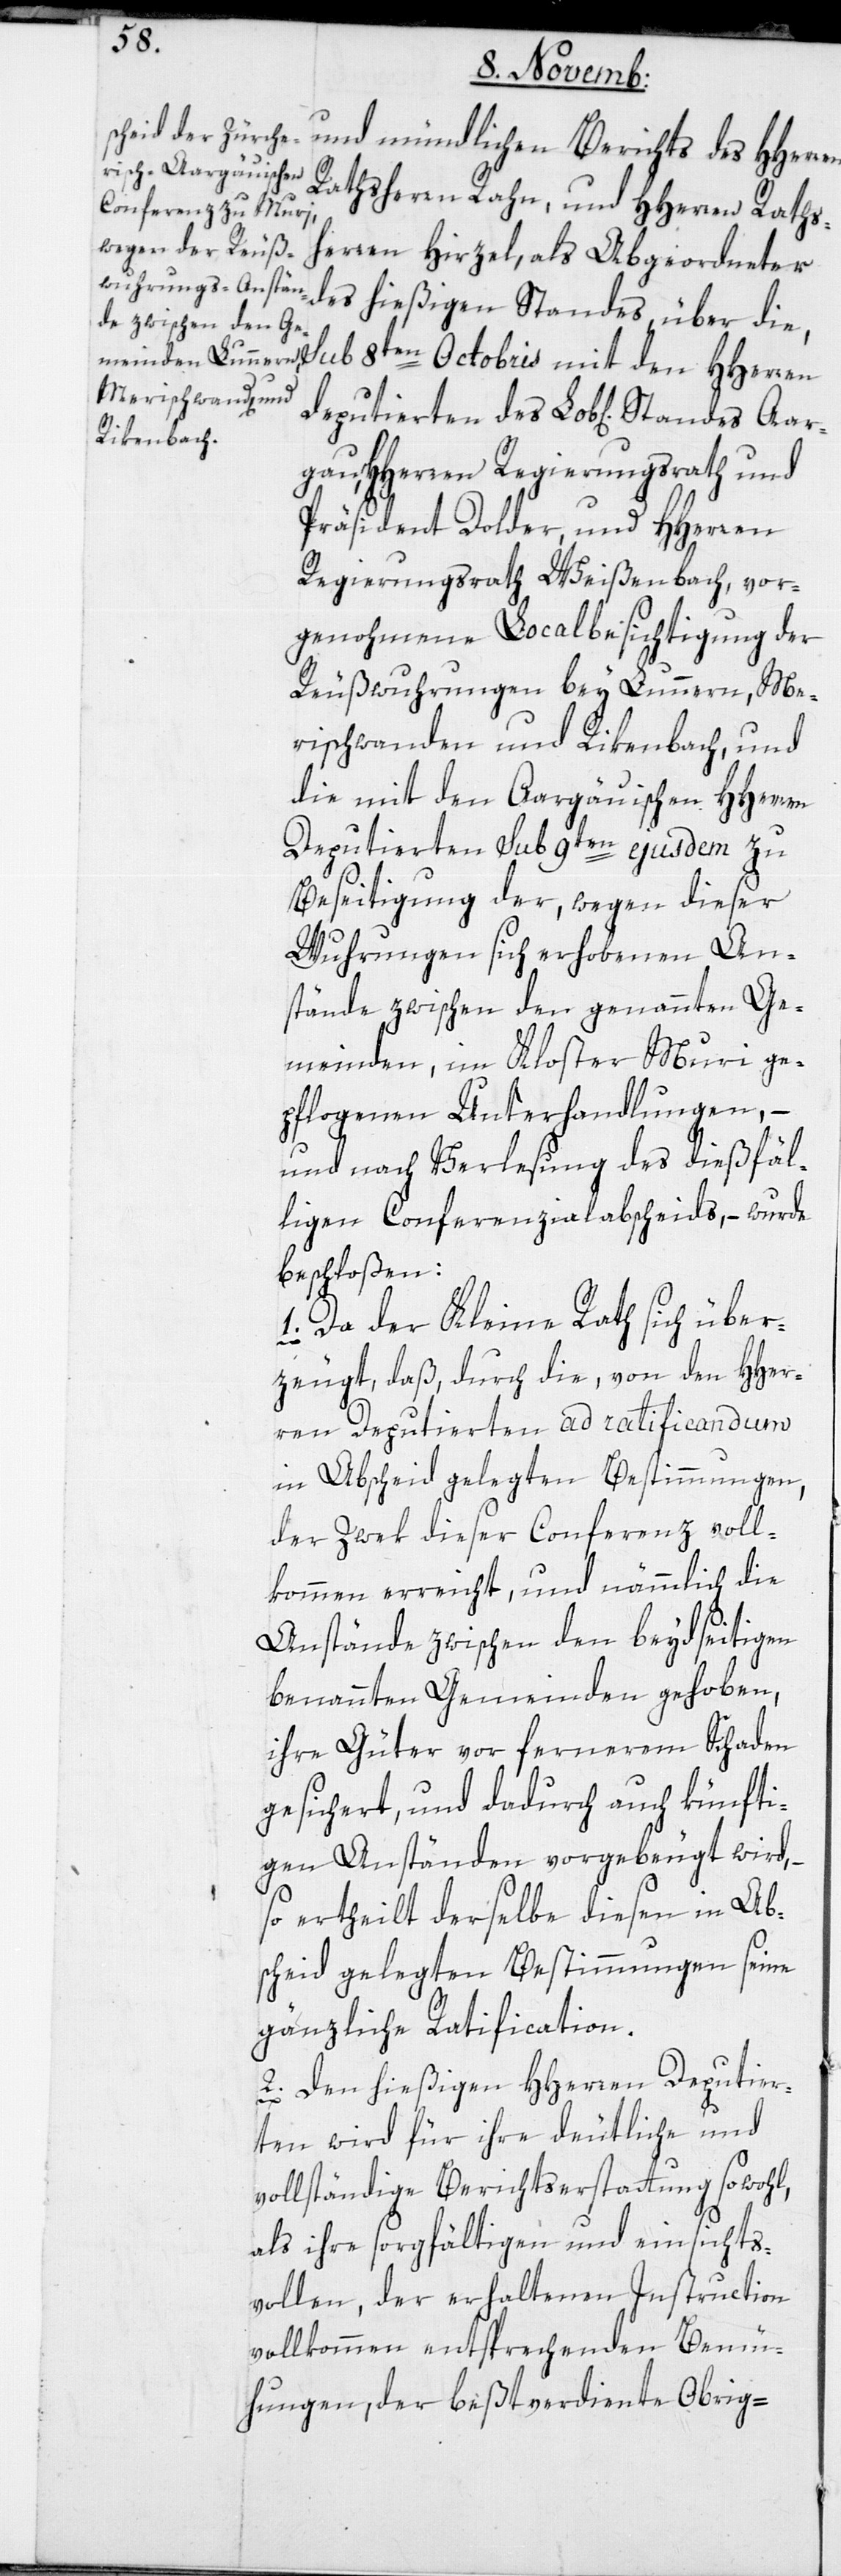
en
und mündlichen Berichts des HHerr¬
Ratsherrn Rahn und HHerren Rats¬
herren Hirzel, als Abgeordneter
des hießigen Standes über die,
gau, HHerren Regierungsrat und
Präsident Dolder und HHerren
Regierungsrat Weißenbach, vor¬
genohmene Localbesichtigung der
Reußwuhrungen bey Lunnern, Me¬
rischwanden und Rikenbach, und
die mit den Aargauischen HHerren
Deputierten sub 9ten ejusdem zu
Beseitigung der, wegen dieser
Wuhrungen sich erhobenen An¬
stände zwischen den genannten Ge¬
meinden, im Kloster Muri ge¬
pflogenen Unterhandlungen, –
und nach Verlesung des dießfäl¬
ligen Conferenzial-Abscheids, – wurde
beschloßen:
1. Da der Kleine Rath sich über¬
zeugt, daß, durch die von den HHer¬
ren Deputierten ad ratificandum
in Abscheid gelegten Bestimmungen,
der Zwek dieser Conferenz voll¬
kommen erreicht, und nämmlich die
Anstände zwischen den beidseitigen
benannten Gemeinden gehoben,
ihre Güter vor fernerem Schaden
gesichert, und dadurch auch künfti¬
gen Anständen vorgebeugt wird, –
so ertheilt derselbe diesen in Ab¬
scheid gelegten Bestimmungen seine
gänzliche Ratification.
2. Den hießigen HHerren Deputier¬
ten wird für ihre deutliche und
vollständige Berichtserstattung sowohl,
als ihre sorgfältigen und einsichts¬
vollen, der erhaltenen Instruction
vollkommen entsprechenden Bemü¬
hungen, der beßtverdiente Obrig-